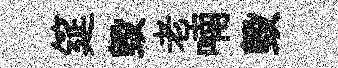
筵毁老喃毀